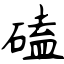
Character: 磕